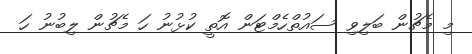
މި މެޗުން ބަލިވި ސައުތްހެމްޓަން އޮތީ ކުޅުނު ހަ މެޗުން ލިބުނު ހަ